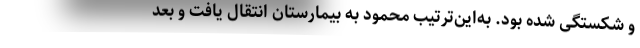
و شکستگی شده بود. به‌این‌ترتیب محمود به بیمارستان انتقال یافت و بعد